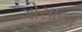
ગોસાબા